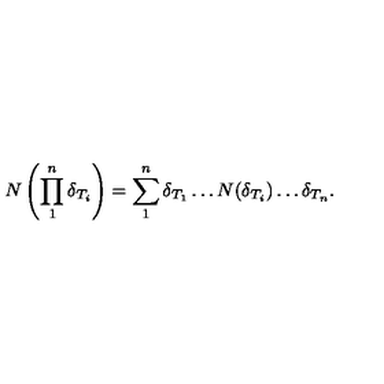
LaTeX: N \left( \prod _ { 1 } ^ { n } \delta _ { T _ { i } } \right) = \sum _ { 1 } ^ { n } \delta _ { T _ { 1 } } \ldots N ( \delta _ { T _ { i } } ) \ldots \delta _ { T _ { n } } .